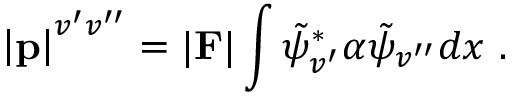
\left| { \bf p } \right| ^ { v ^ { \prime } v ^ { \prime \prime } } = \vert { \bf F } \vert \int \tilde { \psi } _ { v ^ { \prime } } ^ { \ast } \alpha \tilde { \psi } _ { v ^ { \prime \prime } } d x ~ .